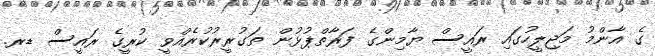
ގެ އާންމު މަޖިލީހުގައި ރައީސް ޔާމިންގެ ފަރާތްޕުޅުން ތަގުރީރުކުރެއްވީ ކުރީގެ ރައީސް ޑރ.